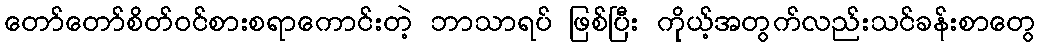
တော်တော်စိတ်ဝင်စားစရာကောင်းတဲ့ ဘာသာရပ် ဖြစ်ပြီး ကိုယ့်အတွက်လည်းသင်ခန်းစာတွေ